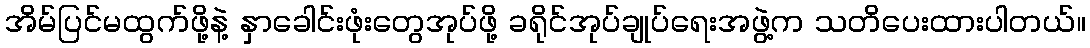
အိမ်ပြင်မထွက်ဖို့နဲ့ နှာခေါင်းဖုံးတွေအုပ်ဖို့ ခရိုင်အုပ်ချုပ်ရေးအဖွဲ့က သတိပေးထားပါတယ်။